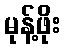
မုန့်ဖိုး